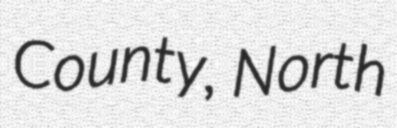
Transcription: County, North